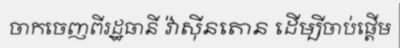
ចាកចេញពីរដ្ឋធានី វ៉ាស៊ីនតោន ដើម្បីចាប់ផ្តើម